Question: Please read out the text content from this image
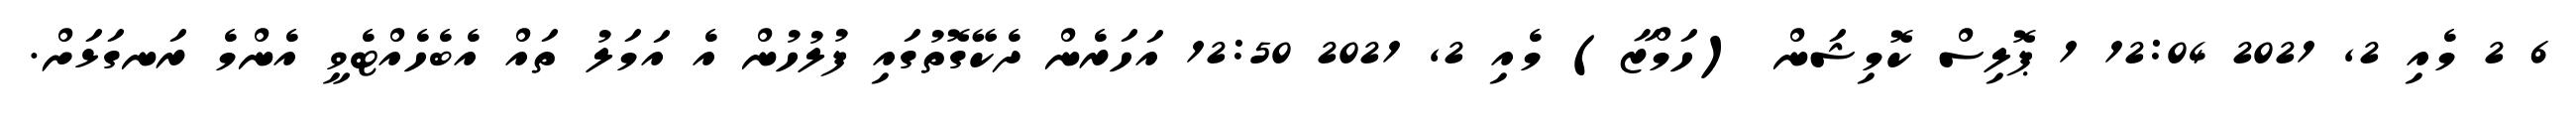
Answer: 6 2 މެއި 2, 2021 12:04 1 ޕޮލިސް ކޮމިޝަން (ހަމްޒާ) މެއި 2, 2021 12:50 އަހަރެން ދެކޭގޮތުގައި ފުލުހުން އެ އަމަލު ތައް އެބެހެއްޓެވީ އެންމެ ރަނގަޅަށް.